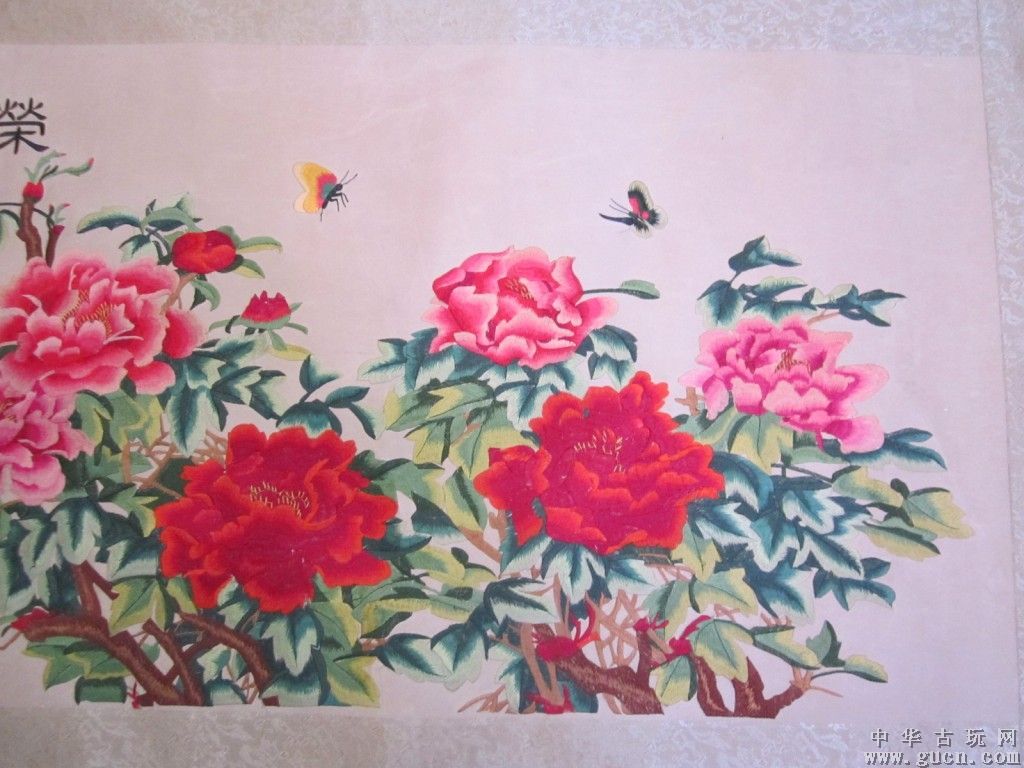
粉色全无饥色加，岂知人世有荣华。